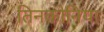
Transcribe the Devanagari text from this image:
तिनकोनिया